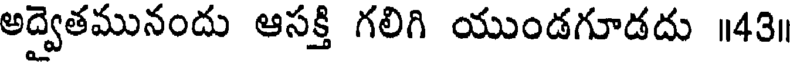
అద్వైతమునందు ఆసక్తి గలిగి యుండగూడదు ॥43॥